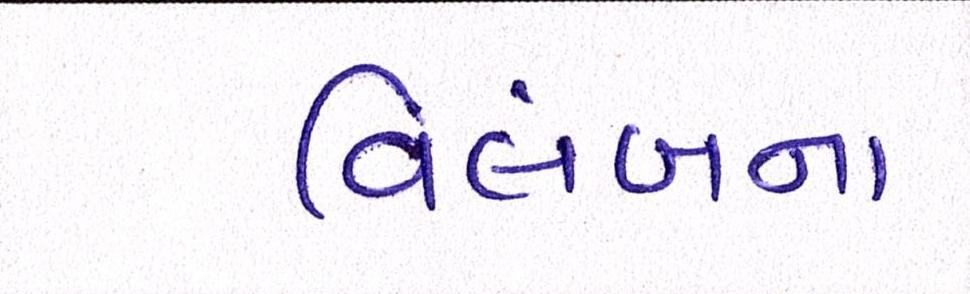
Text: વિલંબના